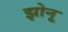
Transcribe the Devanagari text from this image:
झोनू